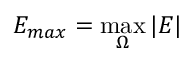
E _ { m a x } = \operatorname* { m a x } _ { \Omega } | E |